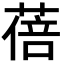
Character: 蓓